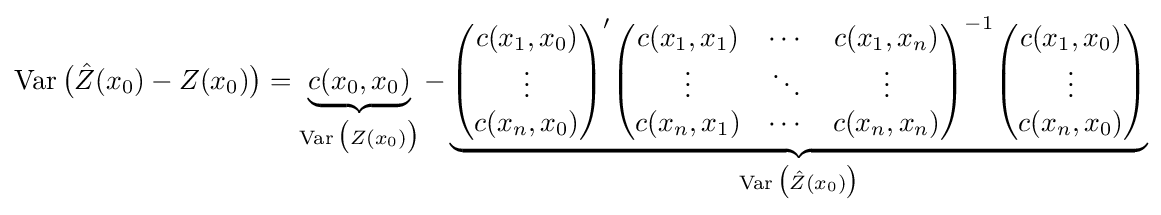
\operatorname {Var} {\big (}{\hat {Z}}(x_{0})-Z(x_{0}){\big )}=\underbrace {c(x_{0},x_{0})} _{\operatorname {Var} {\big (}Z(x_{0}){\big )}}-\underbrace {{\begin{pmatrix}c(x_{1},x_{0})\\\vdots \\c(x_{n},x_{0})\end{pmatrix}}'{\begin{pmatrix}c(x_{1},x_{1})&\cdots &c(x_{1},x_{n})\\\vdots &\ddots &\vdots \\c(x_{n},x_{1})&\cdots &c(x_{n},x_{n})\end{pmatrix}}^{-1}{\begin{pmatrix}c(x_{1},x_{0})\\\vdots \\c(x_{n},x_{0})\end{pmatrix}}} _{\operatorname {Var} {\big (}{\hat {Z}}(x_{0}){\big )}}